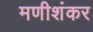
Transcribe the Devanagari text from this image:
मणीशंकर